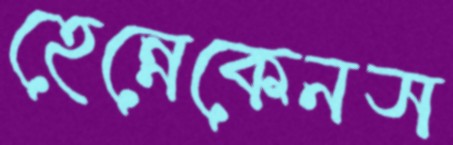
হেন্নেকেনস